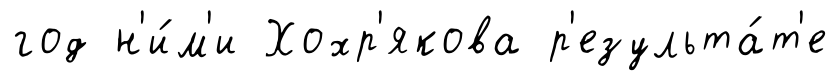
год н'и́м'и Хохр'якова р'езульта́т'е